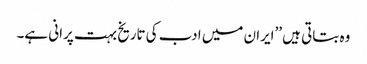
وہ بتاتی ہیں ’’ایران میں ادب کی تاریخ بہت پرانی ہے۔